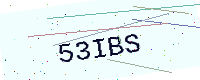
Text: 53IBS